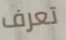
تعرف